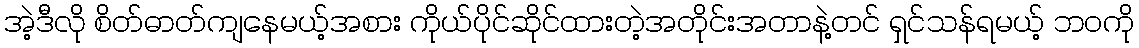
အဲ့ဒီလို စိတ်ဓာတ်ကျနေမယ့်အစား ကိုယ်ပိုင်ဆိုင်ထားတဲ့အတိုင်းအတာနဲ့တင် ရှင်သန်ရမယ့် ဘဝကို